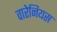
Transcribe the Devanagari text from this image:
वारेनियस